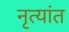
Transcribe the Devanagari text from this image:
नृत्यांत